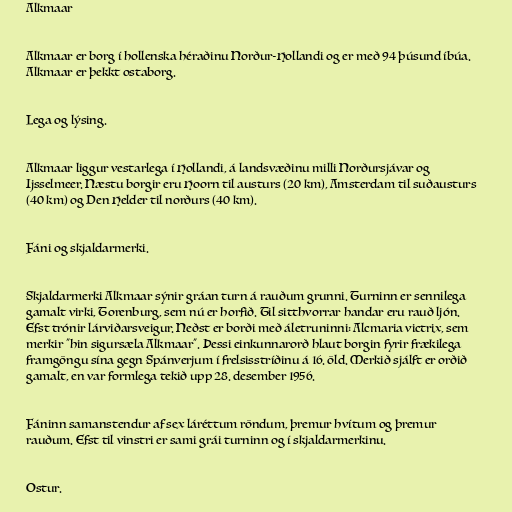
Alkmaar

Alkmaar er borg í hollenska héraðinu Norður-Hollandi og er með 94 þúsund íbúa.
Alkmaar er þekkt ostaborg.

Lega og lýsing.

Alkmaar liggur vestarlega í Hollandi, á landsvæðinu milli Norðursjávar og
Ijsselmeer. Næstu borgir eru Hoorn til austurs (20 km), Amsterdam til suðausturs
(40 km) og Den Helder til norðurs (40 km).

Fáni og skjaldarmerki.

Skjaldarmerki Alkmaar sýnir gráan turn á rauðum grunni. Turninn er sennilega
gamalt virki, Torenburg, sem nú er horfið. Til sitthvorrar handar eru rauð ljón.
Efst trónir lárviðarsveigur. Neðst er borði með áletruninni: Alcmaria victrix, sem
merkir "hin sigursæla Alkmaar". Þessi einkunnarorð hlaut borgin fyrir frækilega
framgöngu sína gegn Spánverjum í frelsisstríðinu á 16. öld. Merkið sjálft er orðið
gamalt, en var formlega tekið upp 28. desember 1956.

Fáninn samanstendur af sex láréttum röndum, þremur hvítum og þremur
rauðum. Efst til vinstri er sami grái turninn og í skjaldarmerkinu.

Ostur.